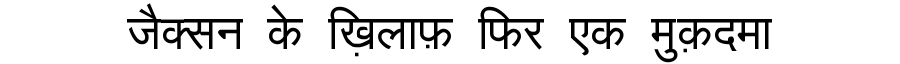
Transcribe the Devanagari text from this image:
जैक्सन के ख़िलाफ़ फिर एक मुक़दमा